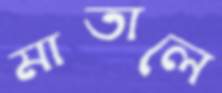
মাতালে